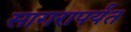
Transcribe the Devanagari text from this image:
सागरापर्यंत